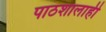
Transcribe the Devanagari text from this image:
पाठशालाही